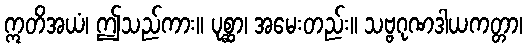
ဣတိအယံ၊ ဤသည်ကား။ ပုစ္ဆာ၊ အမေးတည်း။ သဗ္ဗဂုဏဒါယကတ္တာ၊